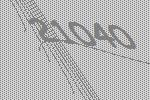
21040